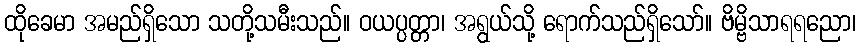
ထိုခေမာ အမည်ရှိသော သတို့သမီးသည်။ ဝယပ္ပတ္တာ၊ အရွယ်သို့ ရောက်သည်ရှိသော်။ ဗိမ္ဗိသာရရညော၊